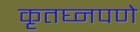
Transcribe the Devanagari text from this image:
कृतघ्नपणे